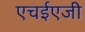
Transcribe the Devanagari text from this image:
एचईएजी